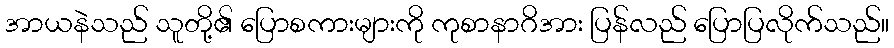
အာယနဲသည် သူတို့၏ ပြောစကားများကို ကုစာနာဂိအား ပြန်လည် ပြောပြလိုက်သည်။